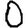
Digit: 0